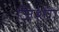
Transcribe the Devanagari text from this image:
जि़शेंग